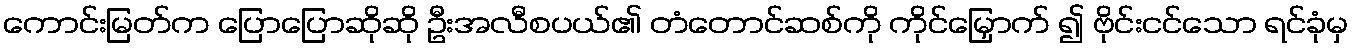
ကောင်းမြတ်က ပြောပြောဆိုဆို ဦးအလီစပယ်၏ တံတောင်ဆစ်ကို ကိုင်မြှောက် ၍ ဗိုင်းငင်သော ရင်ခုံမှ